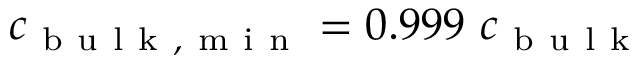
c _ { \mathrm { ~ b ~ u ~ l ~ k ~ , ~ m ~ i ~ n ~ } } = 0 . 9 9 9 \ c _ { \mathrm { ~ b ~ u ~ l ~ k ~ } }